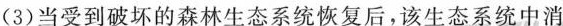
(3)当受到破坏的森林生态系统恢复后，该生态系统中消